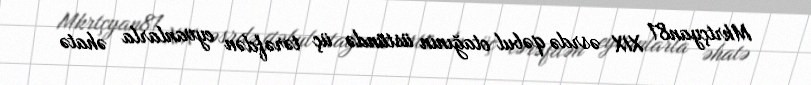
Mkrtçyan81 XIX əsrdə qəbul otağının üstündə üç tərəfdən eyvanlarla əhatə